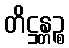
တိဋ္ဌန္တဉ္စ